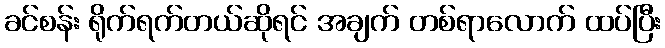
ခင်စန်း ရိုက်ရက်တယ်ဆိုရင် အချက် တစ်ရာလောက် ထပ်ပြီး